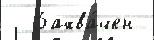
  Захва́чен